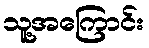
သူ့အကြောင်း